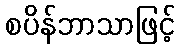
စပိန်ဘာသာဖြင့်